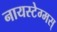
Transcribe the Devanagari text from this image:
नायस्‍टेग्‍मस्